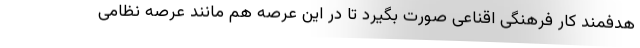
هدفمند کار فرهنگی اقناعی صورت بگیرد تا در این عرصه هم مانند عرصه نظامی